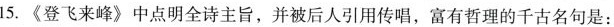
15.《登飞来峰》中点明全诗主旨，并被后人引用传唱，富有哲理的千古名句是：